Jaan_Tonisson_(Lasteleht), lk 57
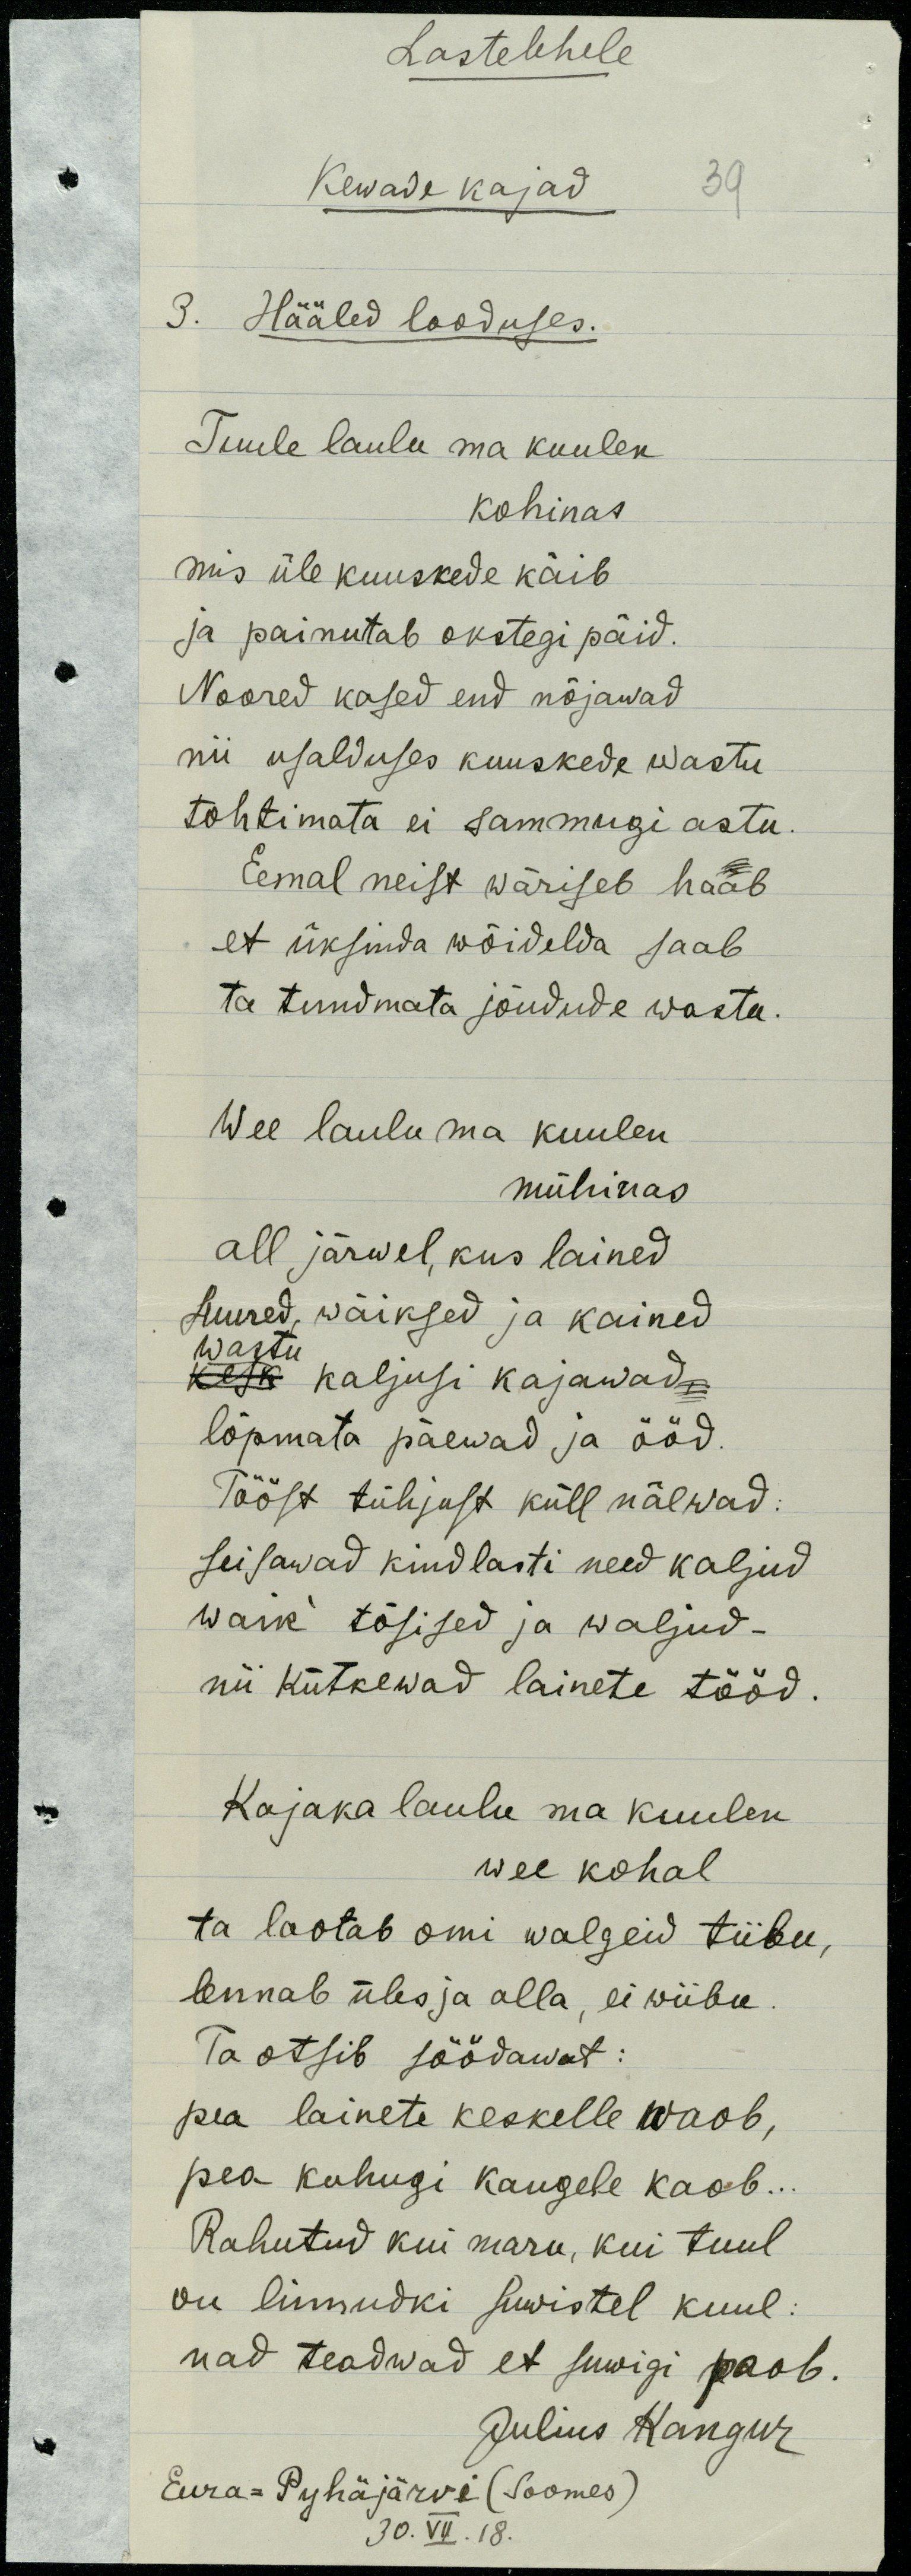
Lastelehele
39
Kewade kajad
3. Hääled looduses.
Tuule laulu ma kuulen
Kohinas
mis üle kuuskede käib
ja painutab okstegi päid.
Noored kased end nõjawad
nii usalduses kuuskede wastu
tohtimata ei sammugi astu.
Eemal meist wäriseb haab
et üksinda wõidelda saab
ta tundmata jõudude wastu.
Wee laulu ma kuulen
mühinas
all järwel, kus lained
suured, wäiksed ja kained
wastu
kesk kaljusi kajawad,
lõpmata päewad ja ööd.
Tööst tühjust kull näewad:
seisawad kindlasti need kaljud
waik' tõsised ja waljud - 
nii kütkewad lainete tööd.
Kajaka laulu ma kuulen
wee kohal
ta laotab omi walgeid tiibu,
lennab üles ja alla, ei wiibu.
Ta otsib söödawat:
pea lainete keskelle waob,
pea kuhugi kaugele kaob . . .
Rahutud kui maru, kui tuul
on linnudki suwistel kuul:
nad teadwad et suwigi paob.
Julius Kangur
Eura = Pyhäjärvi (Soomes)
30. VII. 18.